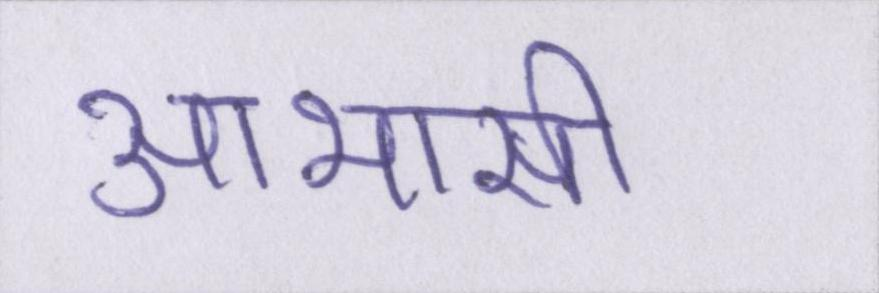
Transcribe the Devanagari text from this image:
आभासी